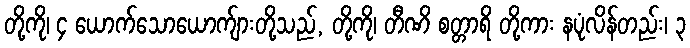
တို့ကို၊ ၄ ယောက်သောယောက်ျားတို့သည်, တို့ကို၊ တီဏိ စတ္တာရိ တို့ကား နပုံလိန်တည်း၊ ၃